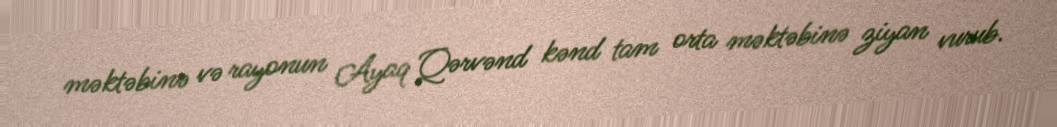
məktəbinə və rayonun Ayaq Qərvənd kənd tam orta məktəbinə ziyan vurub.